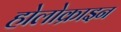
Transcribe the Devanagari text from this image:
होलोक्राइन